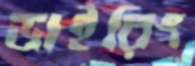
ডাইরিং